Scottish Leaving Certificate Examination, 1958
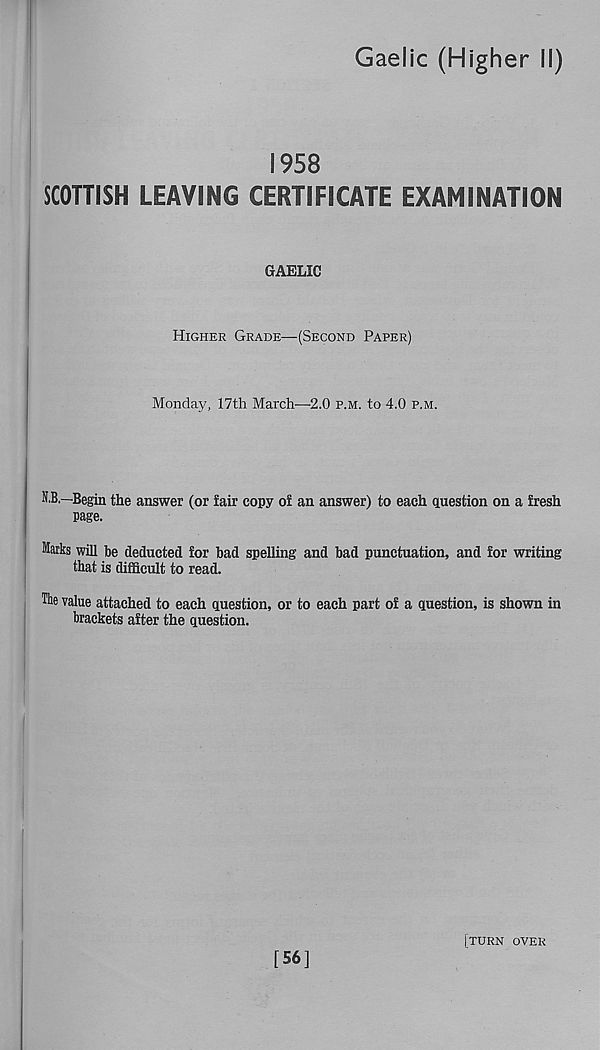
Gaelic (Higher II)
1958
SCOTTISH LEAVING CERTIFICATE EXAMINATION
GAELIC
Higher Grade—(Second Paper)
Monday, 17th March—2.0 p.m. to 4.0 p.m.
O.—Begin the answer (or fair copy of an answer) to each question on a fresh
page.
Marks will be deducted for bad spelling and bad punctuation, and for writing
that is difficult to read.
The value attached to each question, or to each part of a question, is shown in
brackets after the question.
[56]
[turn over